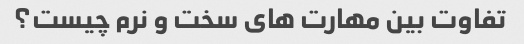
تفاوت بین مهارت های سخت و نرم چیست؟